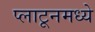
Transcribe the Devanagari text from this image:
प्लाटूनमध्ये